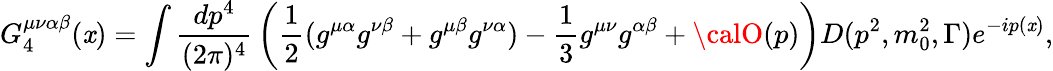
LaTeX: G_{4}^{\mu\nu\alpha\beta}(\mathit{x})=\int{\frac{{dp^{4}}}{{(2\pi)^{4}}}}\left({\frac{{1}}{{2}}}(g^{\mu\alpha}g^{\nu\beta}+g^{\mu\beta}g^{\nu\alpha})-{\frac{{1}}{{3}}}g^{\mu\nu}g^{\alpha\beta}+{\calO}(p)\right)D(p^{2},m_{0}^{2},\Gamma)e^{-ip(\mathit{x})},